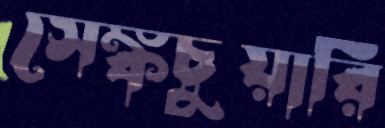
সেঙ্কচুয়ারি